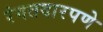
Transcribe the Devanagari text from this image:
रंगतदारपणे